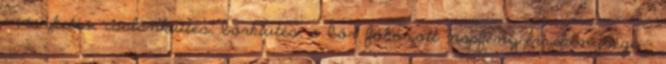
- viszketés, csalánkiütés, bőrkiütés, a bőr fokozott napfény-érzékenysége -